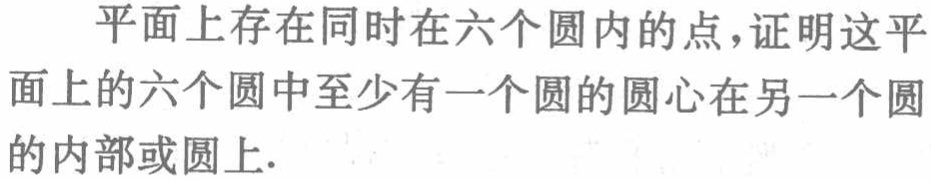
平面上存在同时在六个圆内的点，证明这平面上的六个圆中至少有一个圆的圆心在另一个圆的内部或圆上.